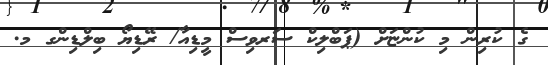
ގެ ކުރިން މި ކުންޏަށް (ޕަބްލިކް ސަރވިސް މީޑިއާ/ ރޭޑިޔޯ ބިލްޑިންގ މ.